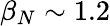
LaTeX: \beta_{N}\sim 1.2